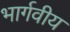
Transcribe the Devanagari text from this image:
भार्गवीय